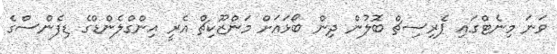
ވަނަ މިނެޓްގައި ޕެރިސިޗް ބޮލުން ދިން ބޯޅައަށް މަންޒޫކިޗް އެރީ އިންގްލެންޑްގެ ޑިފެންސްގެ